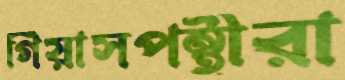
গিয়াসপন্থীরা